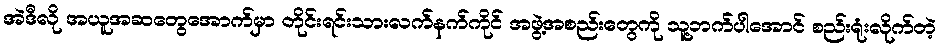
အဲဒီလို အယူအဆတွေအောက်မှာ တိုင်းရင်းသားလက်နက်ကိုင် အဖွဲ့အစည်းတွေကို သူ့ဘက်ပါအောင် စည်းရုံးလိုက်တဲ့